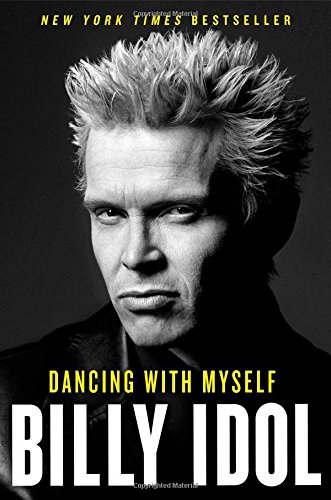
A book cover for Dancing with Myself; Billy Idol; Biographies & Memoirs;